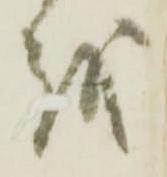
越